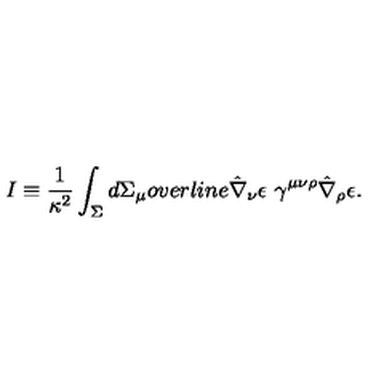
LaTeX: I \equiv \frac { 1 } { \kappa ^ { 2 } } \int _ { \Sigma } d \Sigma _ { \mu } o v e r l i n e { \hat { \nabla } _ { \nu } \epsilon } \ \gamma ^ { \mu \nu \rho } \hat { \nabla } _ { \rho } \epsilon .